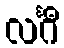
လင်္ဂီ